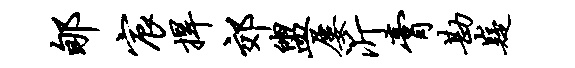
郇宸捍郊盥屡沂膏勘嶷